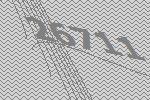
26711